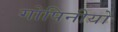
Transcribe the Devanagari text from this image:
गोपिनीयो